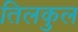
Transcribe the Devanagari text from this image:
तिलकुल